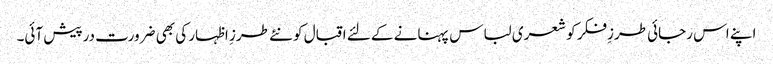
اپنے اس رجائی طرزِفکر کو شعری لباس پہنانے کے لئے اقبال کو نئے طرزِ اظہار کی بھی ضرورت درپیش آئی۔